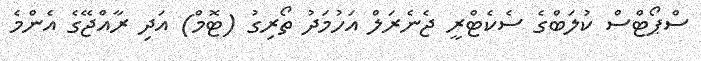
ސްޕޯޓްސް ކުލަބްގެ ސެކެޓްރީ ޖެނެރަލް އަހުމަދު ތޯރިގު (ޓޮމް) އަދި ރާއްޖޭގެ އެންމެ